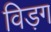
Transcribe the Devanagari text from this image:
विड़ग